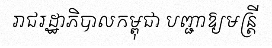
រាជរដ្ឋាភិបាលកម្ពុជា បញ្ជាឱ្យមន្ត្រី